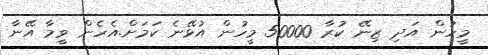
މީހުން އަދި ޒިނޭ ކުރާ 50000 މީހުން އުޅޭނެ ކަމަށް.އެހެން ވީމާ އޭނާ